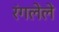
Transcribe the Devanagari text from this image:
रंगलेले